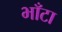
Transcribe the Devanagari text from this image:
भाँटा